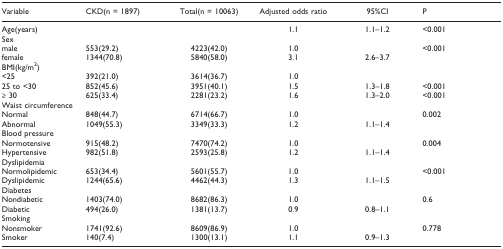
<table><thead><tr><td><b>Variable</b></td><td><b>CKD(n = 1897)</b></td><td><b>Total(n = 10063)</b></td><td><b>Adjusted odds ratio</b></td><td><b>95%CI</b></td><td><b>P</b></td></tr></thead><tbody><tr><td>Age(years)</td><td></td><td></td><td>1.1</td><td>1.1–1.2</td><td>&lt;0.001</td></tr><tr><td>Sex</td><td></td><td></td><td></td><td></td><td></td></tr><tr><td> male</td><td>553(29.2)</td><td>4223(42.0)</td><td>1.0</td><td></td><td>&lt;0.001</td></tr><tr><td> female</td><td>1344(70.8)</td><td>5840(58.0)</td><td>3.1</td><td>2.6–3.7</td><td></td></tr><tr><td>BMI(kg/m<sup>2</sup>)</td><td></td><td></td><td></td><td></td><td></td></tr><tr><td> &lt;25</td><td>392(21.0)</td><td>3614(36.7)</td><td>1.0</td><td></td><td></td></tr><tr><td> 25 to &lt;30</td><td>852(45.6)</td><td>3951(40.1)</td><td>1.5</td><td>1.3–1.8</td><td>&lt;0.001</td></tr><tr><td> ≥ 30</td><td>625(33.4)</td><td>2281(23.2)</td><td>1.6</td><td>1.3–2.0</td><td>&lt;0.001</td></tr><tr><td>Waist circumference</td><td></td><td></td><td></td><td></td><td></td></tr><tr><td> Normal</td><td>848(44.7)</td><td>6714(66.7)</td><td>1.0</td><td></td><td>0.002</td></tr><tr><td> Abnormal</td><td>1049(55.3)</td><td>3349(33.3)</td><td>1.2</td><td>1.1–1.4</td><td></td></tr><tr><td>Blood pressure</td><td></td><td></td><td></td><td></td><td></td></tr><tr><td> Normotensive</td><td>915(48.2)</td><td>7470(74.2)</td><td>1.0</td><td></td><td>0.004</td></tr><tr><td> Hypertensive</td><td>982(51.8)</td><td>2593(25.8)</td><td>1.2</td><td>1.1–1.4</td><td></td></tr><tr><td>Dyslipidemia</td><td></td><td></td><td></td><td></td><td></td></tr><tr><td> Normolipidemic</td><td>653(34.4)</td><td>5601(55.7)</td><td>1.0</td><td></td><td>&lt;0.001</td></tr><tr><td> Dyslipidemic</td><td>1244(65.6)</td><td>4462(44.3)</td><td>1.3</td><td>1.1–1.5</td><td></td></tr><tr><td>Diabetes</td><td></td><td></td><td></td><td></td><td></td></tr><tr><td> Nondiabetic</td><td>1403(74.0)</td><td>8682(86.3)</td><td>1.0</td><td></td><td>0.6</td></tr><tr><td> Diabetic</td><td>494(26.0)</td><td>1381(13.7)</td><td>0.9</td><td>0.8–1.1</td><td></td></tr><tr><td>Smoking</td><td></td><td></td><td></td><td></td><td></td></tr><tr><td> Nonsmoker</td><td>1741(92.6)</td><td>8609(86.9)</td><td>1.0</td><td></td><td>0.778</td></tr><tr><td> Smoker</td><td>140(7.4)</td><td>1300(13.1)</td><td>1.1</td><td>0.9–1.3</td><td></td></tr></tbody></table>